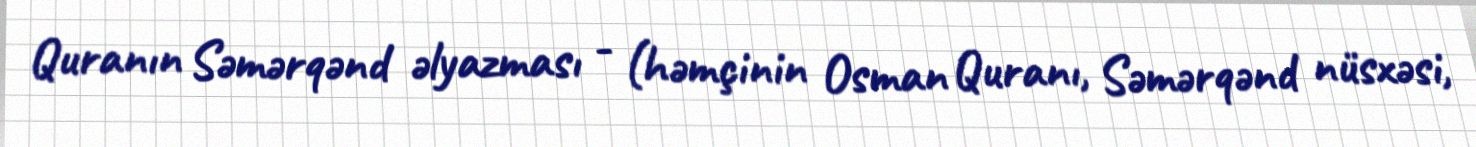
Quranın Səmərqənd əlyazması - (həmçinin Osman Quranı, Səmərqənd nüsxəsi,